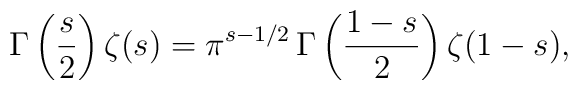
\Gamma\left(\frac{s}{2}\right)\zeta(s)= \pi^{s-1/2}\,\Gamma\left(\frac{1-s}{2}\right)\zeta(1-s),